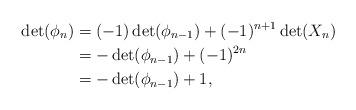
LaTeX: \begin{align*}\det(\phi_{n}) &= (-1)\det(\phi_{n-1}) + (-1)^{n+1}\det(X_n) \\&= -\det(\phi_{n-1}) + (-1)^{2n} \\&= -\det(\phi_{n-1}) + 1,\end{align*}